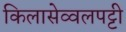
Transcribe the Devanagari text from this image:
किलासेव्वलपट्टी